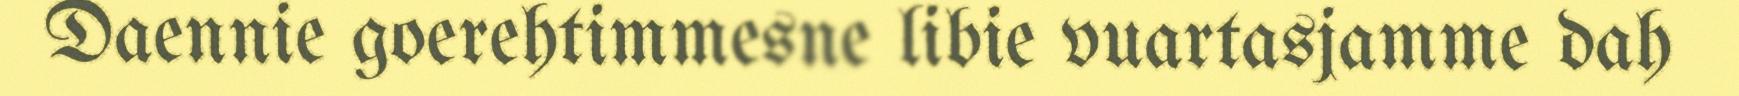
Daennie goerehtimmesne libie vuartasjamme dah